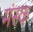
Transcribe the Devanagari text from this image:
मंस्क